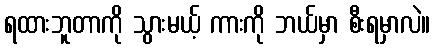
ရထားဘူတာကို သွားမယ့် ကားကို ဘယ်မှာ စီးရမှာလဲ။